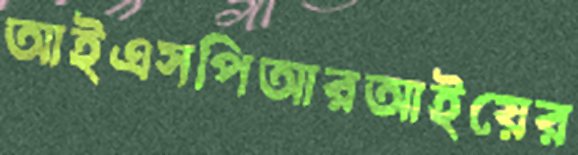
আইএসপিআরআইয়ের